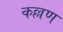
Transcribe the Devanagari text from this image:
कल्लण